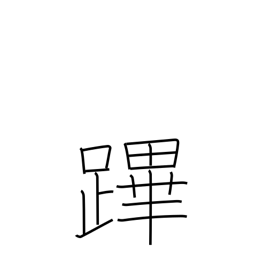
Meaning: one who preceeds king in procession